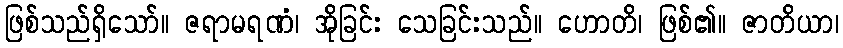
ဖြစ်သည်ရှိသော်။ ဇရာမရဏံ၊ အိုခြင်း သေခြင်းသည်။ ဟောတိ၊ ဖြစ်၏။ ဇာတိယာ၊